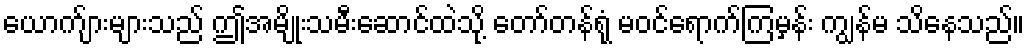
ယောက်ျားများသည် ဤအမျိုးသမီးဆောင်ထဲသို့ တော်တန်ရုံ မဝင်ရောက်ကြမှန်း ကျွန်မ သိနေသည်။